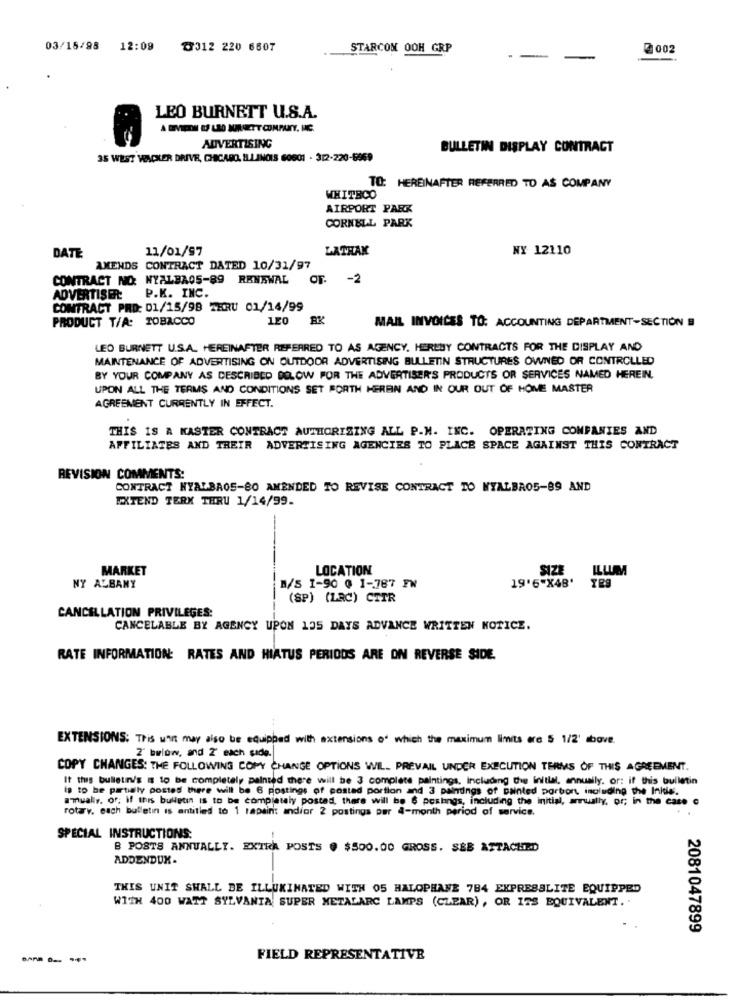
03/15/98 12:09
৳312 220 6607
STARCOM OOH GRP
2 002
-
LEO BURNETT U.S.A.
ADVERTISING
BULLETIN DISPLAY CONTRACT
35 WEST VACKER DRIVE, CHICAGO, ILLINOIS 60601 . 312-220-6969
TO: HEREINAFTER REFERRED TO AS COMPANY
WHITBCO
AIRPORT PARK
CORNELL PARK
11/01/97
LATHAK
NY 12110
DATE
AMENDS CONTRACT DATED 10/31/97
CONTRACT NO: NYALBA05-89 RENEWAL OF. - 2
ADVERTISER: P.K. INC.
CONTRACT PRD: 01/15/98 THRU 01/14/99
PRODUCT T/A: TOBACCO
MAIL INVOICES TO: ACCOUNTING DEPARTMENT-SECTION
LEO BURNETT U.S.A. HEREINAFTER REFERRED TO AS AGENCY. HEREBY CONTRACTS FOR THE DISPLAY AND
MAINTENANCE OF ADVERTISING ON OUTDOOR ADVERTISING BULLETIN STRUCTURES OWNED OR CONTROLLED
BY YOUR COMPANY AS DESCRIBED BELOW FOR THE ADVERTISER'S PRODUCTS OR SERVICES NAMED HEREIN.
UPON ALL THE TERMS AND CONDITIONS SET FORTH HEREIN AND IN OUR OUT OF HOME MASTER
AGREEMENT CURRENTLY IN EFFECT.
THIS IS A KASTER CONTRACT AUTHORIZING ALL P.M. INC. OPERATING COMPANIES AND
AFFILIATES AND THEIR ADVERTISING AGENCIES TO PLACE SPACE AGAINST THIS CONTRACT
REVISION COMMENTS:
CONTRACT NYALBAOS-80 AMENDED TO REVISE CONTRACT TO NYALBROS-89 AND
EXTEND TERK THRU 1/14/99.
MARKET
LOCATION
SIZE
ILLUM
NY ALBANY
M/S I-90 @ 1-787 FW
19'6"X48'
(SP) (LRC) CTIR
CANCELLATION PRIVILEGES:
CANCELABLE BY AGENCY UPON 135 DAYS ADVANCE WRITTEN NOTICE.
RATE INFORMATION: RATES AND HIATUS PERIODS ARE ON REVERSE SIDE.
EXTENSIONS: This wait may also be equipped with extensions of which the maximum limits are $ 1/2' above.
Z' bwlow, and 2' each side.
COPY CHANGES: THE FOLLOWING COPY CHANGE OPTIONS WILL PREVAIL UNDER EXECUTION TERMS OF THIS AGREEMENT.
It this bulletin/'s is to be completely painted there will be 3 complete paintings, Including the Initial, annually. or: if this bulletin
is to be partially postes there will be 6 postings of posted portion and 3 paintings of painted porbort, including the Inidie.
amually. or, if this bulletin is to be completely posted, there will be $ postings, including the initial, awally, or; in the case c
rotary. each bulletin is entitled to 1 rapaint andior 2 postings per 4-month period of service.
SPECIAL INSTRUCTIONS:
-
B POSTS ANNUALLY. EXTRA POSTS @ $500.00 GROSS. SEB ATTACHED
ADDENDUX-
THIS UNIT SHALL BE ILLUMINATED WITH 05 HALOPHANE 784 EXPRESSLITE EQUIPPED
WITH 400 WATT SYLVANIA SUPER METALARC LAMPS (CLEAR), OR ITS EQUIVALENT. .
2081047899
FIELD REPRESENTATIVE